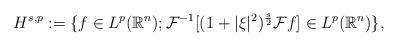
LaTeX: \begin{align*} H^{s,p}:=\{f\in L^{p}(\mathbb{R}^{n}); \mathcal{F}^{-1}[(1+\vert \xi \vert^{2})^{\frac{s}{2}}\mathcal{F}f]\in L^{p}(\mathbb{R}^{n}) \}, \end{align*}